Leaving Certificate Examination (including Day School Certificate (Higher) General paper), 1936
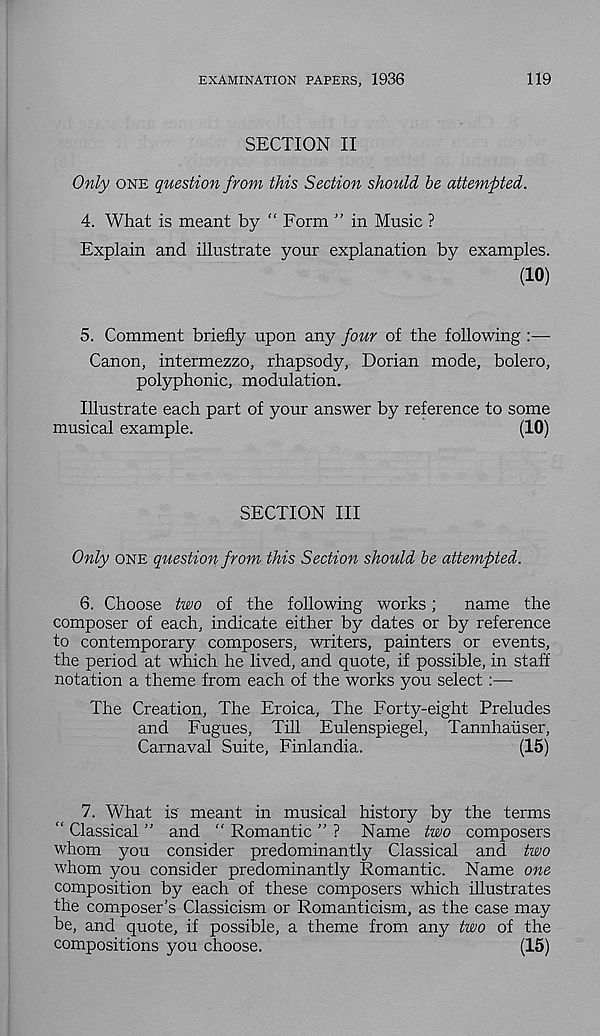
EXAMINATION PAPERS, 1936
119
SECTION II
Only one question from this Section should be attempted.
4. What is meant by “ Form ” in Music ?
Explain and illustrate your explanation by examples.
(10)
5. Comment briefly upon any four of the following :—
Canon, intermezzo, rhapsody, Dorian mode, bolero,
polyphonic, modulation.
Illustrate each part of your answer by reference to some
musical example.
(10)
SECTION III
Only one question from this Section should be attempted.
6. Choose two of the following works;
name the
composer of each, indicate either by dates or by reference
to contemporary composers, writers, painters or events,
the period at which he lived, and quote, if possible, in staff
notation a theme from each of the works you select:—
The Creation, The Eroica, The Forty-eight Preludes
and Fugues, Till Eulenspiegel, Tannhaiiser,
Carnaval Suite, Finlandia.
(15)
7. What is meant in musical history by the terms
“ Classical ” and “ Romantic ” ? Name two composers
whom you consider predominantly Classical and two
whom you consider predominantly Romantic. Name one
composition by each of these composers which illustrates
the composer’s Classicism or Romanticism, as the case may
be, and quote, if possible, a theme from any two of the
compositions you choose.
(15)